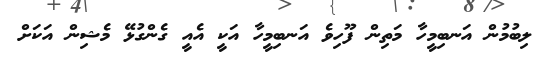
ލިބުމުން އަނބިމީހާ މަތިން ފޫހިވެ އަނބިމީހާ އަކީ އެއީ ގެންގުޅޭ މެޝިން އަކަށް